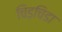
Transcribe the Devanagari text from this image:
चिड़चिडा